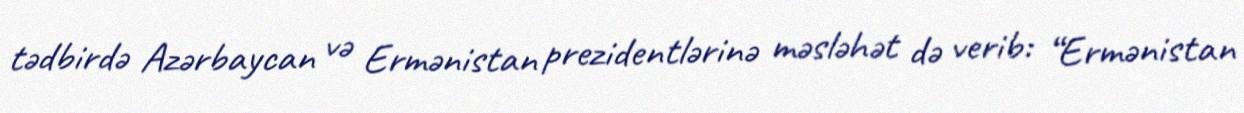
tədbirdə Azərbaycan və Ermənistan prezidentlərinə məsləhət də verib: “Ermənistan